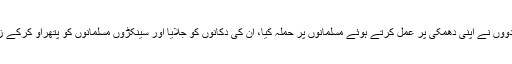
انتہاء پسند ہندووں نے اپنی دھمکی پر عمل کرتے ہوئے مسلمانوں پر حملہ کیا، ان کی دکانوں کو جلایا اور سینکڑوں مسلمانوں کو پتھراو کرکے زخمی کر دیا۔